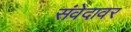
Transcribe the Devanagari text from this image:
संवेदावर